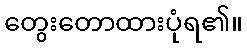
တွေးတောထားပုံရ၏။